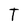
Character: T